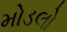
મોડલો